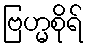
ဗြဟ္မစိုရ်